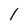
Character: l